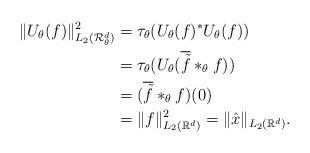
LaTeX: \begin{align*} \|U_\theta(f)\|_{L_{2}(\mathcal{R}_\theta^d)}^2&=\tau_\theta(U_\theta(f)^*U_\theta(f))\\&=\tau_\theta(U_\theta(\overline{\tilde{f}}*_\theta f))\\ &=(\overline{\tilde{f}}*_\theta f)(0)\\&=\|f\|_{L_2(\mathbb{R}^d)}^2=\|\hat{x}\|_{L_2(\mathbb{R}^d)}. \end{align*}